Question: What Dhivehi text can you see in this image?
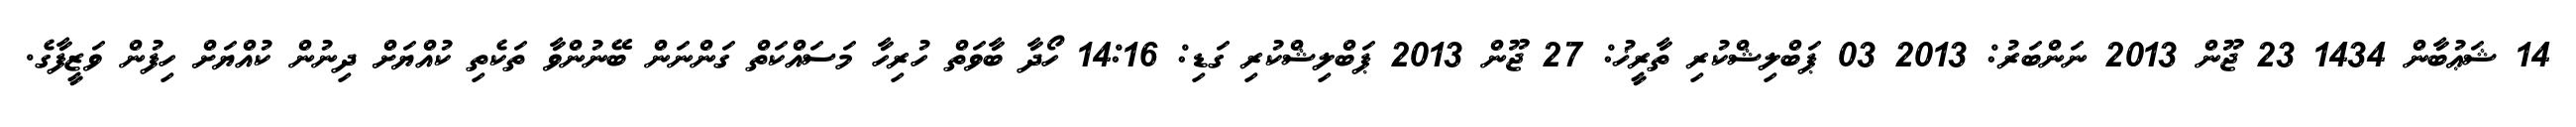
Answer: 14 ޝަޢުބާން 1434 23 ޖޫން 2013 ނަންބަރު: 2013 03 ޕަބްލިޝްކުރި ތާރީޚު: 27 ޖޫން 2013 ޕަބްލިޝްކުރި ގަޑި: 14:16 ހޯދާ ބާވަތް ހުރިހާ މަސައްކަތް ގަންނަން ބޭނުންވާ ތަކެތި ކުއްޔަށް ދިނުން ކުއްޔަށް ހިފުން ވަޒީފާގެ.